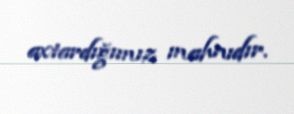
axtardığımız mahnıdır.